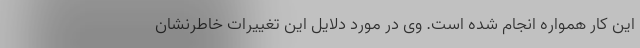
این کار همواره انجام شده است. وی در مورد دلایل این تغییرات خاطرنشان